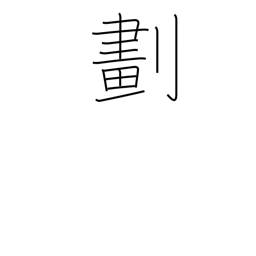
Meaning: divide